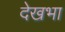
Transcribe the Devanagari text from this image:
देखभा